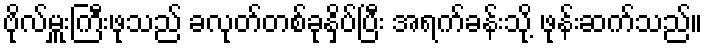
ဗိုလ်မှူးကြီးဖုသည် ခလုတ်တစ်ခုနှိပ်ပြီး အရက်ခန်းသို့ ဖုန်းဆက်သည်။